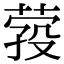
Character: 𦴎